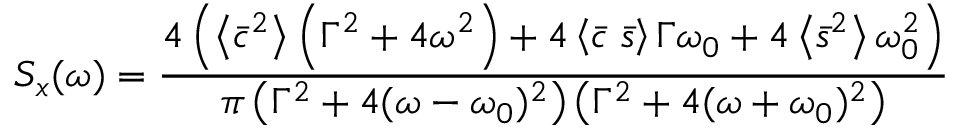
S _ { x } ( \omega ) = \frac { 4 \left( \left\langle \bar { c } ^ { 2 } \right\rangle \left( \Gamma ^ { 2 } + 4 \omega ^ { 2 } \right) + 4 \left\langle \bar { c } \; \bar { s } \right\rangle \Gamma \omega _ { 0 } + 4 \left\langle \bar { s } ^ { 2 } \right\rangle \omega _ { 0 } ^ { 2 } \right) } { \pi \left( \Gamma ^ { 2 } + 4 ( \omega - \omega _ { 0 } ) ^ { 2 } \right) \left( \Gamma ^ { 2 } + 4 ( \omega + \omega _ { 0 } ) ^ { 2 } \right) }